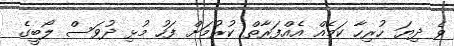
ވެ ދިޔަ ހުރިހާ ކަމެއް އެއްފަރާތް ކުރުމަށް ފަހު މުޅި ދުވަސް ލޯބީގެ